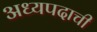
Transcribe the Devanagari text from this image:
अध्यपदाची